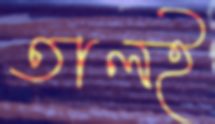
তালই